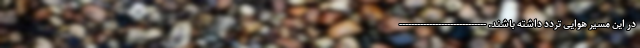
در این مسیر هوایی تردد داشته باشند. -----------------------------